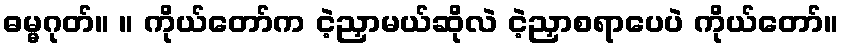
ဓမ္မဂုတ်။ ။ ကိုယ်တော်က ငဲ့ညှာမယ်ဆိုလဲ ငဲ့ညှာစရာပေပဲ ကိုယ်တော်။